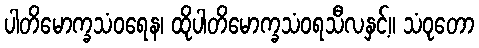
ပါတိမောက္ခသံဝရေန၊ ထိုပါတိမောက္ခသံဝရသီလနှင့်။ သံဝုတော